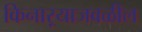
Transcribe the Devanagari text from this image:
किनाऱ्‍याजवळील